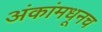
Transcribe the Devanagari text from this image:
अंकांमधूनच